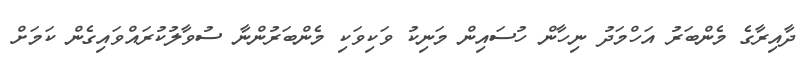
ދާއިރާގެ މެންބަރު އަހްމަދު ނިހާން ހުސައިން މަނިކު ވަކިވަކި މެންބަރުންނާ ސުވާލުކުރައްވައިގެން ކަމަށް